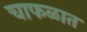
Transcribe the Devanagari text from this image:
चाफळात